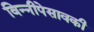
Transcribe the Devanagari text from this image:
विन्नीपेसावकी